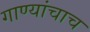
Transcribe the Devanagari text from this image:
गाण्यांचाच